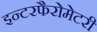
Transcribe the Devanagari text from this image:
इन्टरफैरोमेटरी